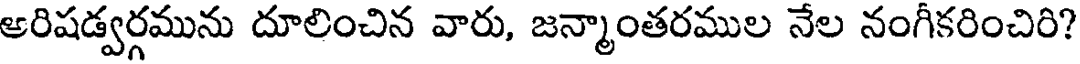
ఆరిషడ్వర్గమును దూలించిన వారు, జన్మాంతరముల నేల నంగీకరించిరి?